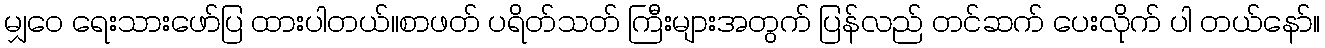
မျှဝေ ရေးသားဖော်ပြ ထားပါတယ်၊၊စာဖတ် ပရိတ်သတ် ကြီးများအတွက် ပြန်လည် တင်ဆက် ပေးလိုက် ပါ တယ်နော်။